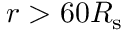
r > 6 0 R _ { \mathrm { s } }